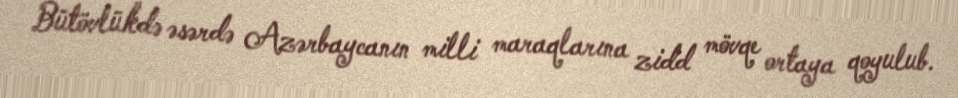
Bütövlükdə əsərdə Azərbaycanın milli maraqlarına zidd mövqe ortaya qoyulub.